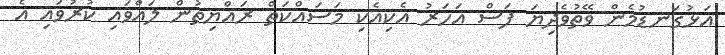
އަޅުގަނޑުމެން ވޭތުވެދިޔަ ފަސް އަހަރު އެކިއެކި މަސައްކަތް ރައްޔިތުން ލައްވައި ކުރުވައި އެ